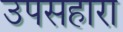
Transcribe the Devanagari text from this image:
उपसहारा